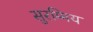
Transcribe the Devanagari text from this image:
सुरम्मिय